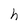
Character: t